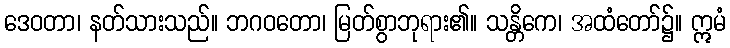
ဒေဝတာ၊ နတ်သားသည်။ ဘဂဝတော၊ မြတ်စွာဘုရား၏။ သန္တိကေ၊ အထံတော်၌။ ဣမံ